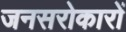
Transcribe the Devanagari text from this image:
जनसरोकारों